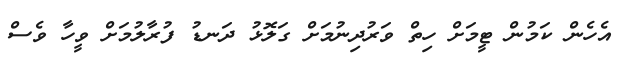
އެހެން ކަމުން ޓީމަށް ހިތް ވަރުދިނުމަށް ގަލޮޅު ދަނޑު ފުރާލުމަށް ވީހާ ވެސް